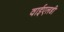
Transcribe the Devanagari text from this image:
वाईएलडी